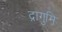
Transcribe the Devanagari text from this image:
द्रागुमि